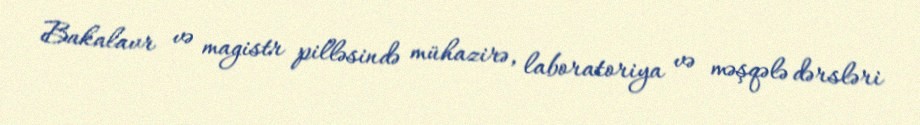
Bakalavr və magistr pilləsində mühazirə, laboratoriya və məşqələ dərsləri